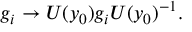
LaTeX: g _ { i } \rightarrow U ( y _ { 0 } ) g _ { i } U ( y _ { 0 } ) ^ { - 1 } .